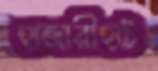
হাজারীহাট